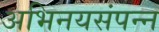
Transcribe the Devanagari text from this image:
अभिनयसंपन्‍न